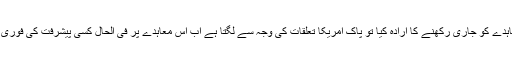
خان صاحب نے اسی معاہدے کو جاری رکھنے کا ارادہ کیا تو پاک امریکا تعلقات کی وجہ سے لگتا ہے اب اس معاہدے پر فی الحال کسی پیشرفت کی فوری طور پر کوئی توقع نہیں۔